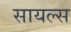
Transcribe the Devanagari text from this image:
सायल्स